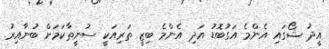
އީދު ޝޯގައި އެންމެ އަގުބޮޑު އަދި އެންމެ ބިޒީ ތަރިއަކީ ސުނީތާކަމަށް ބުނާއިރު